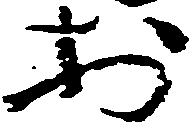
於